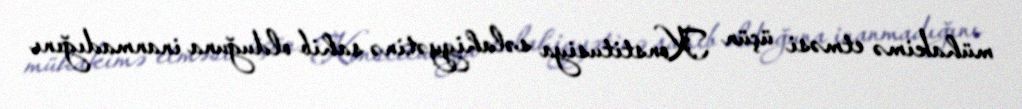
mühakimə etməsi üçün Konstitusiya səlahiyyətinə sahib olduğuna inanmadığını